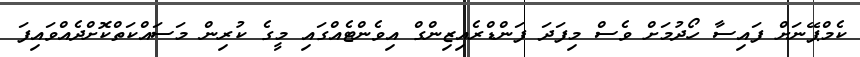
ކެމްޕޭނަށް ފައިސާ ހޯދުމަށް ވެސް މިފަދަ ފަންޑްރެއިޒިންގް އިވެންޓެއްގައި މީގެ ކުރިން މަސައްކަތްކޮށްދެއްވައިފަ